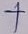
Text: +